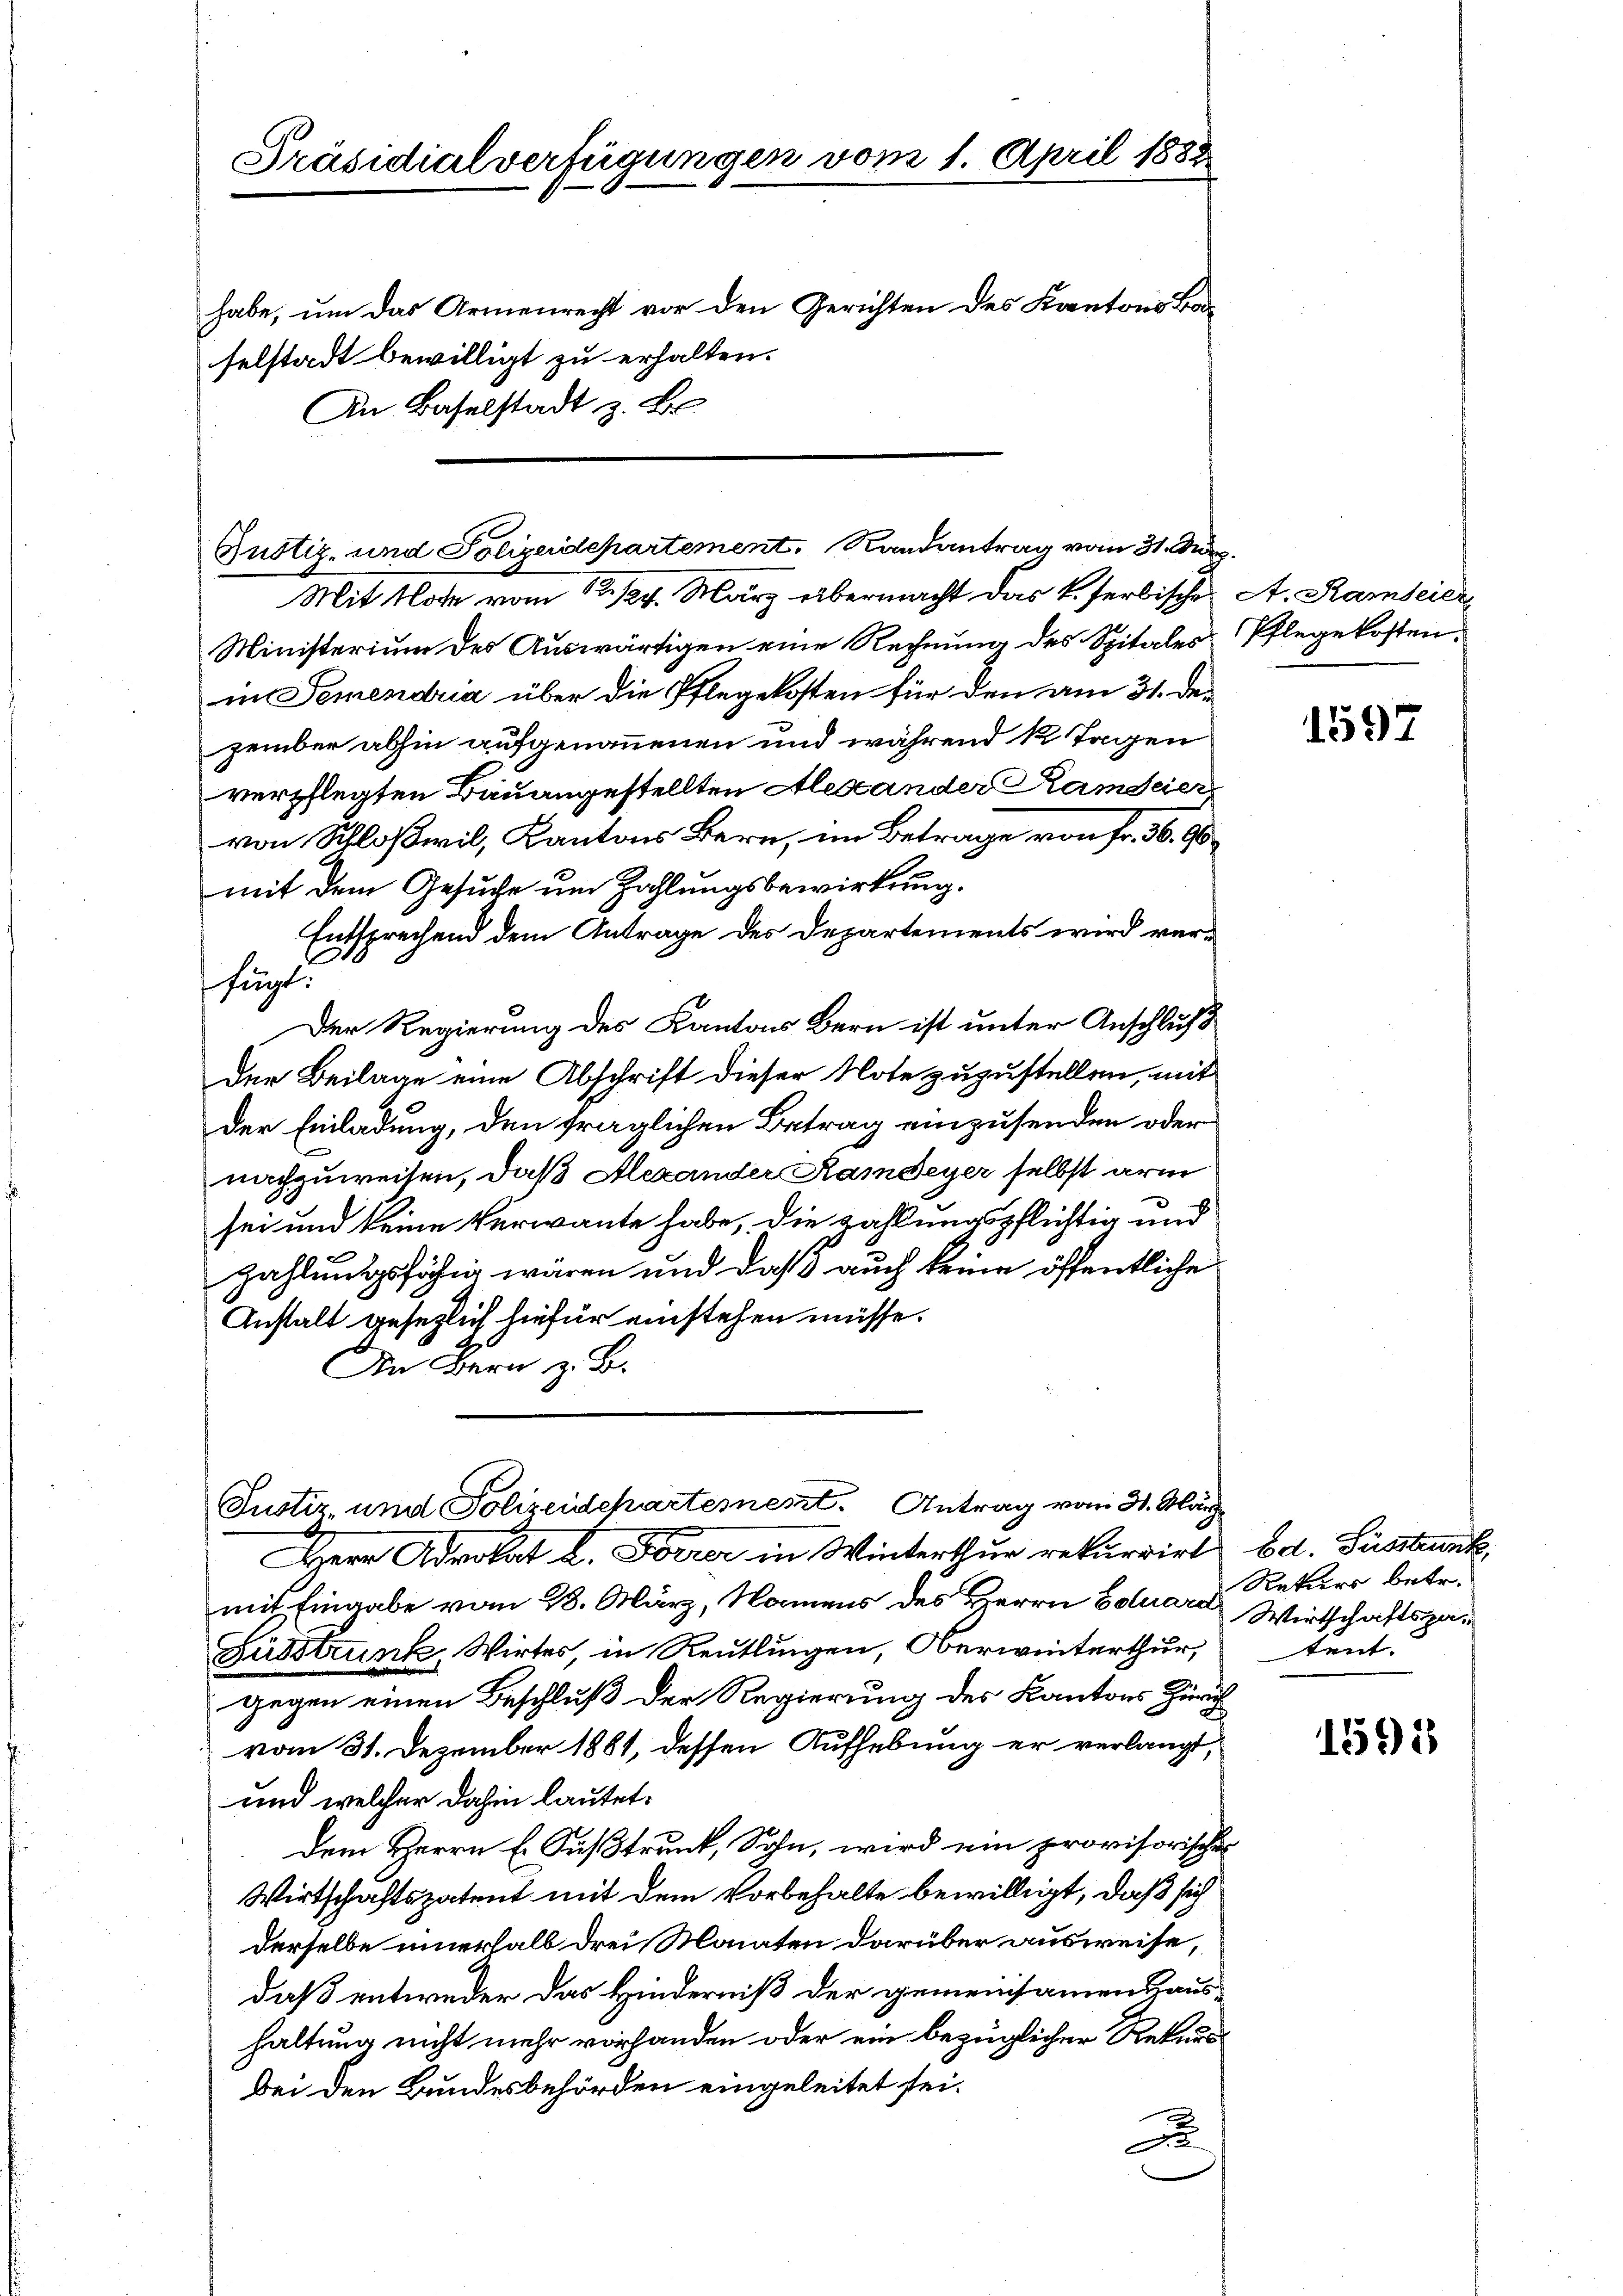
Justiz- und Polizeidepartement. Randantrag vom 31. März.
Mit Note vom 12. 124. März übermacht das k. herbische
Ministerium des Auswärtigen eine Rechnung des Spitales
in Semendria über die Pflegekosten für den am 31. Dezember abhin aufgenommenen und während 12 Tagen
verpflegten Bauangestellten Alexander Ramdeier
von Schloßwil, Kantons Bern, im Betrage von Fr. 36. 90
mit dem Gesuche um Zahlungsbewirkung.
Entsprechend dem Antrage des Departements wird verfügt.
Der Regierung des Kantons Bern ist unter Anschluß
Der Beilage eine Abschrift dieser Note zuzustellen, mit
Der Einladung, den fraglichen Betrag einzusenden oder
nachzuweisen, daß Alexander Ramdeyer selbst arm
sei und keine Verwante habe, die zahlungspflichtig und
zahlungsfähig wären und daß auch keine öffentliche
Anstalt gesetzlich hiefür einstehen müsse.
An Bern z. B.

Präsidialverfügungen vom 1. April 1888
habe, um das Armenrecht vor den Gerichten des Kantons Baselstadt bewilligt zu erhalten.
An Baselstadt z. B.

Justiz- und Polizeidepartement. Antrag vom 31. März

Herr Advokat L. Forrer in Winterthur rekurrirt od. Susank,
mit Eingabe vom 28. März, Namens des Herrn Eduard Wirtschaftspa¬
Fusstrunk Wirtes, in Reutlingen, Oberwinterthur,
gegen einen Beschluß der Regierung des Kantons Zürich
vom 31. Dezember 1881, dessen Aufhebung er verlangt,
und welcher dahin lautet.
dem Herrn E. Fußtrunk, Sohn, wird ein provisorischer
Wirtschaftspatent mit dem Vorbehalte bewilligt, daß sich
derselbe innerhalb drei Monaten darüber ausweise,
daß entweder das Hinderniß der gemeinsamen aus
haltung nicht mehr vorhanden oder ein bezüglicher Rekursbei den Bundesbehörden eingeleitet sei.
A

A. Karteier
Pflege kosten.

1597

Rekurs betr.
ent.

1595